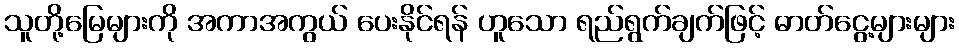
သူတို့မြေများကို အကာအကွယ် ပေးနိုင်ရန် ဟူသော ရည်ရွက်ချက်ဖြင့် ဓာတ်ငွေ့များများ